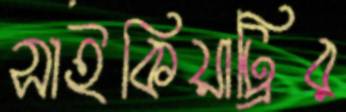
সাইকিয়াট্রির